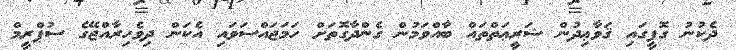
ދެކުނު ގޮފީގައި ޤަވާޢިދުން ޝަރީޢަތްތައް ބާއްވަމުން ގެންދާގޮތަށް ހަމަޖައްސަވައި އެކަން ދިވެހިރާއްޖޭގެ ސުޕްރީމް